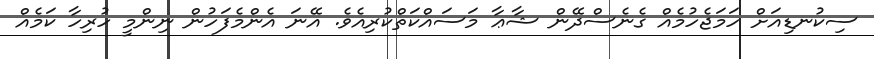
ސިކުނޑިއަށް ހަމަޖެހުމެއް ގެނެސްދޭން ޝާޢާ މަސައްކަތްކުރިއެވެ. އޭނަ އެންމެފަހުން ނިންމީ ހުރިހާ ކަމެއް